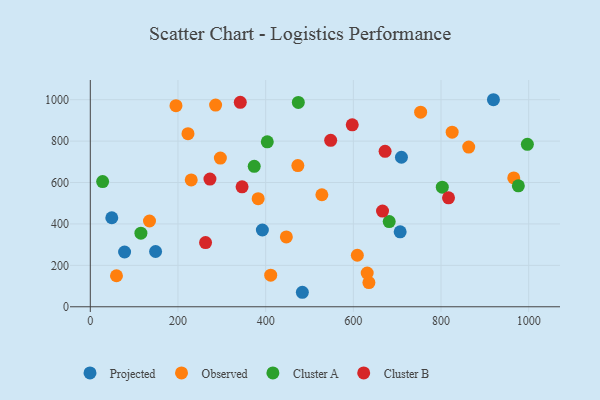
{"axis": {"x": "Distance", "y": "Salary"}, "legend": ["Cluster A", "Cluster B", "Observed", "Projected"], "data": [{"x": "148.9", "y": 267.0, "type": "Projected"}, {"x": "78.2", "y": 264.4, "type": "Projected"}, {"x": "919.6", "y": 999.9, "type": "Projected"}, {"x": "392.5", "y": 370.8, "type": "Projected"}, {"x": "483.7", "y": 70.0, "type": "Projected"}, {"x": "49.0", "y": 429.8, "type": "Projected"}, {"x": "709.7", "y": 722.1, "type": "Projected"}, {"x": "706.8", "y": 362.0, "type": "Projected"}, {"x": "411.5", "y": 152.8, "type": "Observed"}, {"x": "825.4", "y": 843.4, "type": "Observed"}, {"x": "528.2", "y": 541.1, "type": "Observed"}, {"x": "135.0", "y": 414.3, "type": "Observed"}, {"x": "222.8", "y": 836.1, "type": "Observed"}, {"x": "296.7", "y": 718.0, "type": "Observed"}, {"x": "447.2", "y": 337.3, "type": "Observed"}, {"x": "382.9", "y": 522.2, "type": "Observed"}, {"x": "473.4", "y": 682.0, "type": "Observed"}, {"x": "635.5", "y": 116.9, "type": "Observed"}, {"x": "59.7", "y": 149.8, "type": "Observed"}, {"x": "609.1", "y": 248.8, "type": "Observed"}, {"x": "631.6", "y": 162.8, "type": "Observed"}, {"x": "863.2", "y": 771.0, "type": "Observed"}, {"x": "195.4", "y": 971.0, "type": "Observed"}, {"x": "230.2", "y": 612.8, "type": "Observed"}, {"x": "965.9", "y": 622.0, "type": "Observed"}, {"x": "285.8", "y": 973.9, "type": "Observed"}, {"x": "753.5", "y": 939.9, "type": "Observed"}, {"x": "403.7", "y": 796.7, "type": "Cluster A"}, {"x": "997.0", "y": 784.6, "type": "Cluster A"}, {"x": "115.4", "y": 355.4, "type": "Cluster A"}, {"x": "474.5", "y": 987.1, "type": "Cluster A"}, {"x": "373.9", "y": 678.2, "type": "Cluster A"}, {"x": "681.8", "y": 411.3, "type": "Cluster A"}, {"x": "802.9", "y": 577.4, "type": "Cluster A"}, {"x": "976.4", "y": 584.3, "type": "Cluster A"}, {"x": "28.1", "y": 604.7, "type": "Cluster A"}, {"x": "666.6", "y": 462.0, "type": "Cluster B"}, {"x": "548.3", "y": 803.9, "type": "Cluster B"}, {"x": "672.4", "y": 750.6, "type": "Cluster B"}, {"x": "817.1", "y": 525.9, "type": "Cluster B"}, {"x": "346.2", "y": 579.5, "type": "Cluster B"}, {"x": "597.5", "y": 878.6, "type": "Cluster B"}, {"x": "272.9", "y": 616.7, "type": "Cluster B"}, {"x": "262.9", "y": 310.2, "type": "Cluster B"}, {"x": "342.1", "y": 987.2, "type": "Cluster B"}]}